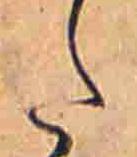
た